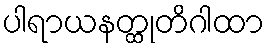
ပါရာယနတ္ထုတိဂါထာ